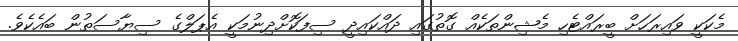
މެކަކީ ވައިރަހަށް ބީރައްޓެހި މެޝިންތަކެއް ގޮތުގައި ދައްކައިދީ ސިފަކޮށްދިނުމަކީ އެޕަލްގެ ސިޔާސަތުން ބައެކެވެ.